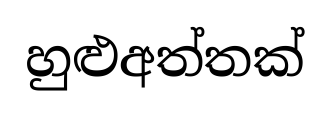
හුළුඅත්තක්